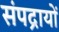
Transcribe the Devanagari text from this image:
संपद्रायों